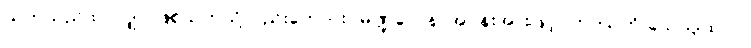
ယုတ်သည်သာလျှင် ဖြစ်သကဲသို့လည်းကောင်း။ မဏ္ဍလေန၊ အဝန်းအားဖြင့်။ ဟာယတိ သေယျထာပိ၊